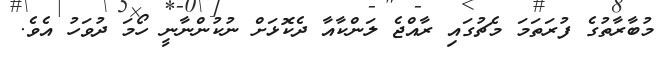
މުބާރާތުގެ ފުރަތަމަ މެޗުގައި ރާއްޖެ ލަންކާއާ ދެކޮޅަށް ނުކުންނާނީ ހޯމަ ދުވަހު އެވެ.